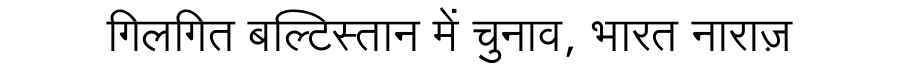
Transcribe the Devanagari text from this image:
गिलगित बल्टिस्तान में चुनाव, भारत नाराज़